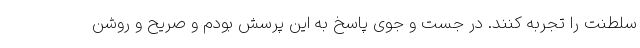
سلطنت را تجربه کنند. در جست و جوی پاسخ به این پرسش بودم و صریح و روشن